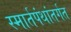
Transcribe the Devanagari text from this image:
स्मार्तपंथांतर्गत